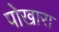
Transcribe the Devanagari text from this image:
पोखारा